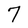
Character: 7